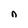
Character: n